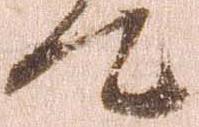
汰